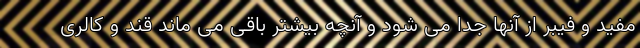
مفید و فیبر از آنها جدا می شود و آنچه بیشتر باقی می ماند قند و کالری